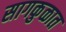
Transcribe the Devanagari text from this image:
सागकुळात